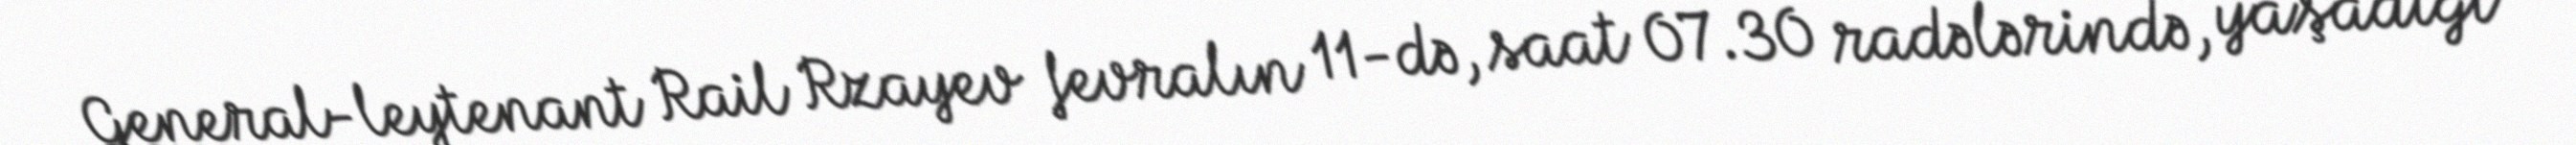
General-leytenant Rail Rzayev fevralın 11-də, saat 07.30 radələrində, yaşadığı